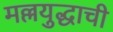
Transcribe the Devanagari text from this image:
मल्लयुद्धाची